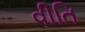
વીતિ